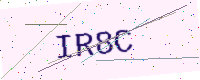
Text: IR8C